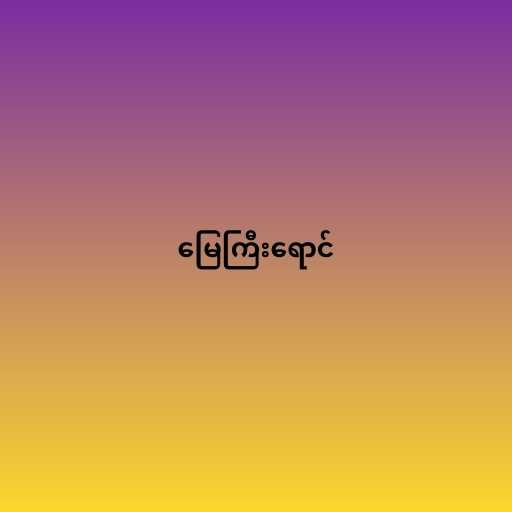
မြေကြီးရောင်